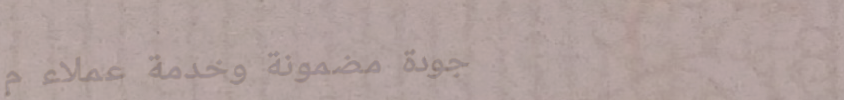
جودة مضمونة وخدمة عملاء م